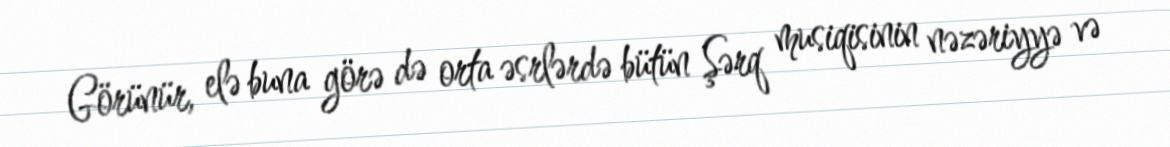
Görünür, elə buna görə də orta əsrlərdə bütün Şərq musiqisinin nəzəriyyə və